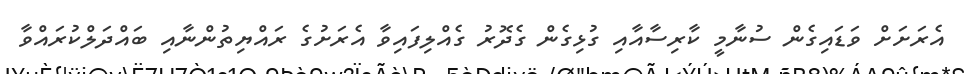
އެރަށަށް ވަޑައިގެން ސުނާމީ ކާރިސާއާއި ގުޅިގެން ގެދޮރު ގެއްލިފައިވާ އެރަށުގެ ރައްޔިތުންނާއި ބައްދަލްކުރައްވާ